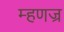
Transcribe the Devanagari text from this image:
म्हणज्र